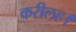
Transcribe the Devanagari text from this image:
करीलह।